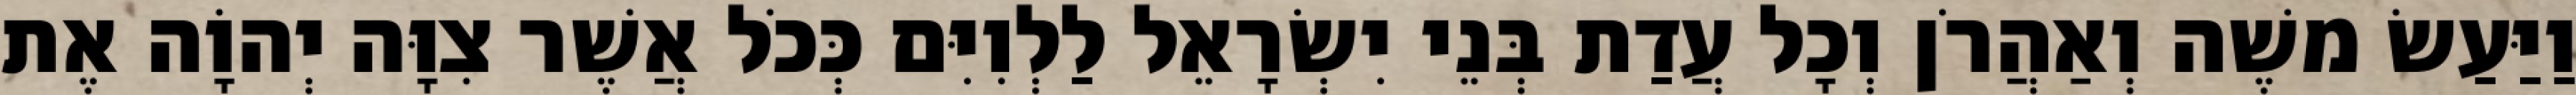
וַיַּעַשׂ משֶׁה וְאַהֲרֹן וְכָל עֲדַת בְּנֵי יִשְׂרָאֵל לַלְוִיִּם כְּכֹל אֲשֶׁר צִוָּה יְהוָֹה אֶת